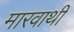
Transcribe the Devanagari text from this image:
मारवाथी